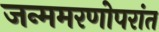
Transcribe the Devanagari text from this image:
जन्ममरणोपरांत